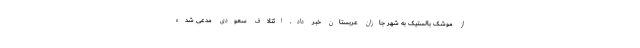
از موشک‌ بالستیک به شهر جازان عربستان خبر داد. ائتلاف سعودی مدعی شده